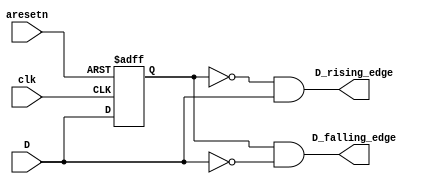
module DFF #(
    parameter N = 1
) (
    input clk,
    input aresetn,
    input[N-1:0] D,
    output[N-1:0] D_rising_edge,
    output[N-1:0] D_falling_edge
);

reg[N-1:0] d0, d1, Q;

always@(posedge clk or negedge aresetn) begin
    if(!aresetn) begin
        d0 <= 0;
        d1 <= 0;
        Q <= 0;
    end
    else begin
        d0 <= D;
        d1 <= d0;
        Q <= d1;
    end
end

assign D_falling_edge = d0 & ~D;
assign D_rising_edge = ~d0 & D;

    
endmodule